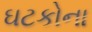
ઘટકોના